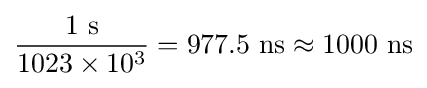
{\frac {1~{\text{s}}}{1023\times 10^{3}}}=977.5~{\text{ns}}\approx 1000~{\text{ns}}